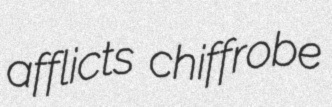
afflicts chiffrobe